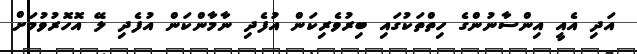
އަދި އެއީ އިންސާނުންގެ ހިތްތަކުގައި ބިރުވެރިކަން އުފެދި ނާމާންކަން އުފެދި ލޭ އޮހޮރުވުމަށް